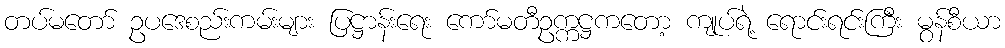
တပ်မတော် ဥပဒေစည်းကမ်းများ ပြဋ္ဌာန်းရေး ကော်မတီဥက္ကဋ္ဌကတော့ ကျုပ်ရဲ့ ရောင်းရင်းကြီး မွန်စီယာ